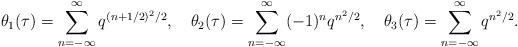
LaTeX: \begin{align*}\theta _1 (\tau ) = \sum _{n=-\infty}^{\infty} q^{(n+1/2)^2/2}, \quad\theta _2 (\tau ) = \sum _{n=-\infty}^{\infty} (-1)^n q^{n^2/2},\quad\theta _3 (\tau ) = \sum _{n=-\infty}^{\infty} q^{n^2/2}.\end{align*}